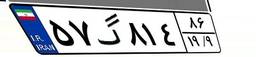
۹۵گ۷۸۴۴۹